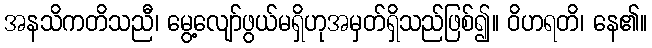
အနသိကတိသညီ၊ မွေ့လျော်ဖွယ်မရှိဟုအမှတ်ရှိသည်ဖြစ်၍။ ဝိဟရတိ၊ နေ၏။